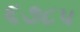
૬૭૮૫